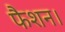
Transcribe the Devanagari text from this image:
फैशन।